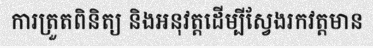
ការត្រួតពិនិត្យ និងអនុវត្តដើម្បីស្វែងរកវត្តមាន